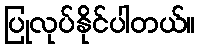
ပြုလုပ်နိုင်ပါတယ်။